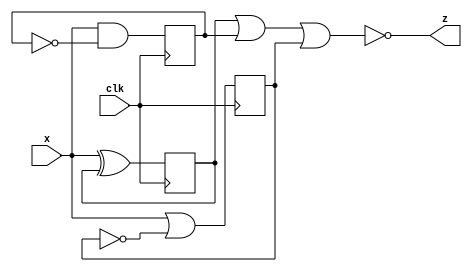
module top_module (
    input clk,
    input x,
    output z
); 
	wire xorgt,andgt,orgt;
    wire q0,q1,q2;
    wire qn1,qn2;
   	assign qn1 = !(q1);
    assign qn2 = !(q2);
    assign xorgt = x ^ q0;
    assign andgt = x & qn1;
    assign orgt = x | qn2;
        
       
    always @(posedge clk) begin
        
        q0 <= xorgt;
        q1 <= andgt;
        q2 <=orgt;
    end
    assign z = ~(q0 || q1 || q2);
endmodule